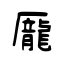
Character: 龎